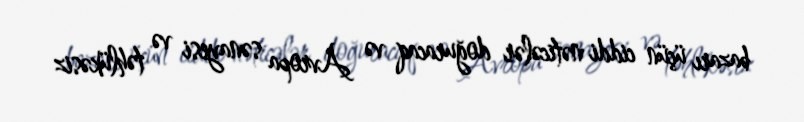
bazarı üçün ciddi nəticələr doğuracaq və Avropa sənayesi və təhlükəsiz